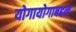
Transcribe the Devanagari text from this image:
योगायोगाबद्दल